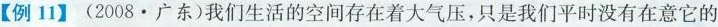
【例11】(2008 · 广东)我们生活的空间存在着大气压，只是我们平时没有在意它的